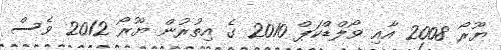
ޔޫރޯ 2008 އާއި ވޯލްޑްކަޕް 2010 ގެ އިތުރުން ޔޫރޯ 2012 ވެސް